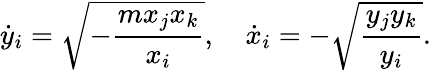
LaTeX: \dot{y}_{i}=\sqrt{-{\frac{mx_{j}x_{k}}{x_{i}}}},\quad\dot{x}_{i}=-\sqrt{{\frac{y_{j}y_{k}}{y_{i}}}}.